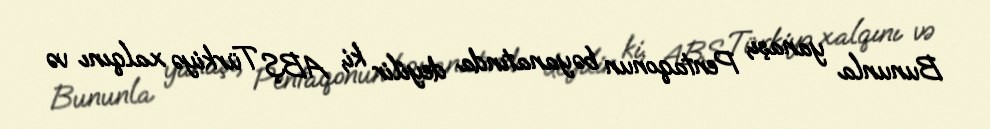
Bununla yanaşı, Pentaqonun bəyanatında deyilir ki, ABŞ Türkiyə xalqını və